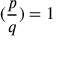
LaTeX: ( { \frac { p } { q } } ) = 1